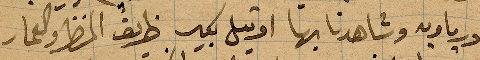
اوربا وبه شاهدنا بها اوتيل بكير طريف المنظر العمار